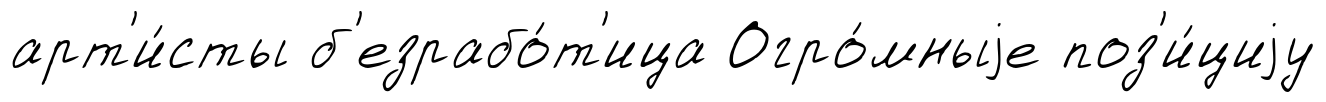
арт'и́сты б'езрабо́т'ица Огро́мныjе поз'и́циjу